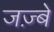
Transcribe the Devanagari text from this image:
जज़्बे